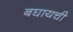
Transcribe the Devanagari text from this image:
बघायची